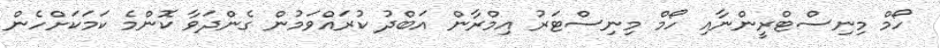
ހޯމް މިނިސްޓްރީންނާއި ހޯމް މިނިސްޓަރު އިމްރާން އަބްދު ކުރައްވަމުން ގެންދަވާ ކޮންމެ ކަމަކަށްހެން